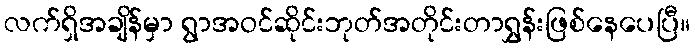
လက်ရှိအချိန်မှာ ရွာအဝင်ဆိုင်းဘုတ်အတိုင်းတာရွှန်းဖြစ်နေပေပြီ။